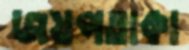
জয়পতাকা